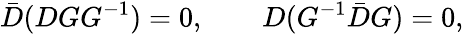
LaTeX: \bar{D}(DGG^{-1})=0,\qquad D(G^{-1}\bar{D}G)=0,